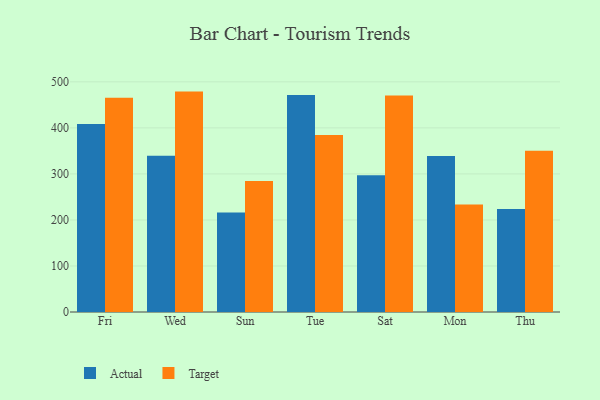
{"axis": {"x": "Day", "y": "Page Views"}, "legend": ["Actual", "Target"], "data": [{"x": "Fri", "y": 408.3, "type": "Actual"}, {"x": "Fri", "y": 465.2, "type": "Target"}, {"x": "Wed", "y": 339.4, "type": "Actual"}, {"x": "Wed", "y": 478.8, "type": "Target"}, {"x": "Sun", "y": 216.0, "type": "Actual"}, {"x": "Sun", "y": 284.6, "type": "Target"}, {"x": "Tue", "y": 471.6, "type": "Actual"}, {"x": "Tue", "y": 384.5, "type": "Target"}, {"x": "Sat", "y": 296.9, "type": "Actual"}, {"x": "Sat", "y": 470.3, "type": "Target"}, {"x": "Mon", "y": 339.0, "type": "Actual"}, {"x": "Mon", "y": 233.5, "type": "Target"}, {"x": "Thu", "y": 224.0, "type": "Actual"}, {"x": "Thu", "y": 350.3, "type": "Target"}]}